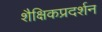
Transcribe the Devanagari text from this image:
शैक्षिकप्रदर्शन